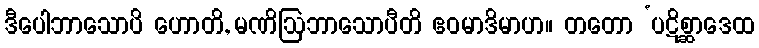
ဒီပေါဘာသောပိ ဟောတိ, မဏိဩဘာသောပီတိ ဧဝမာဒိမာဟ။ တတော ‘ပဋိစ္ဆာဒေထ